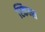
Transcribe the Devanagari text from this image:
स्किन्स